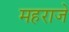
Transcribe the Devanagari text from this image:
महराजे